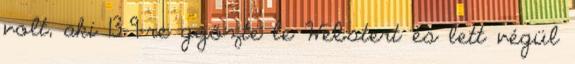
volt, aki 13-9-re győzte le Webstert és lett végül